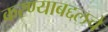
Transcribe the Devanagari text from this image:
करण्याबद्दलचे